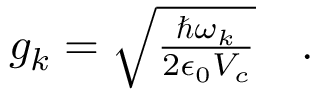
\begin{array} { r } { g _ { k } = \sqrt { \frac { \hbar \omega _ { k } } { 2 \epsilon _ { 0 } V _ { c } } } \quad . } \end{array}